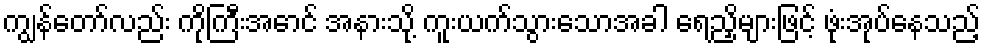
ကျွန်တော်လည်း ကိုကြီးအောင် အနားသို့ ကူးယက်သွားသောအခါ ရေညှိများဖြင့် ဖုံးအုပ်နေသည့်